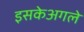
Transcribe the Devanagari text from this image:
इसकेअगले